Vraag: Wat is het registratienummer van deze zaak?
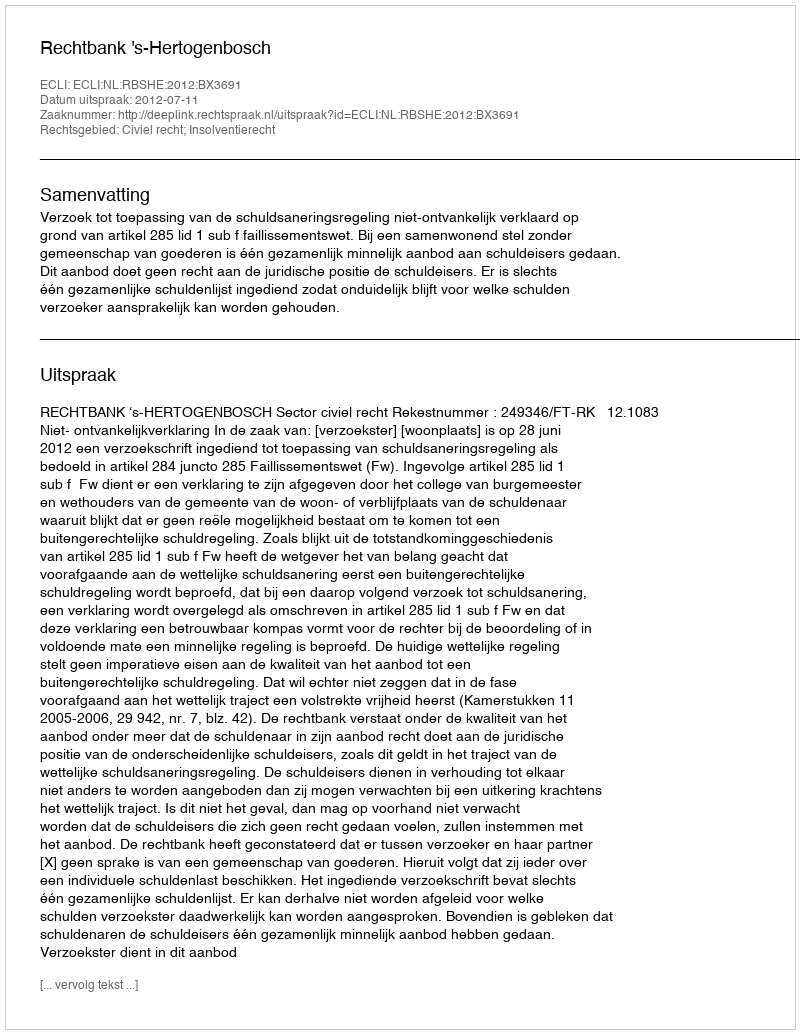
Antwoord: http://deeplink.rechtspraak.nl/uitspraak?id=ECLI:NL:RBSHE:2012:BX3691